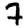
Digit: 7